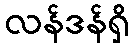
လန်ဒန်ရှိ